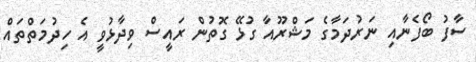
ސާފު ބޯފެނާއި ނަރުދަމާގެ މަޝްރޫއާ ގުޅޭ ގޮތުން ރައީސް ވިދާޅުވީ އެ ހިދުމަތްތައް